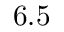
6 . 5